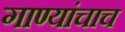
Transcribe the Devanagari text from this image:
गाण्यांचाच